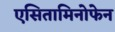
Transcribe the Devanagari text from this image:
एसितामिनोफेन